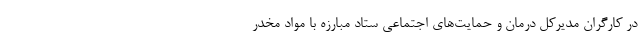
در کارگران مدیرکل درمان و حمایت‌های اجتماعی ستاد مبارزه با مواد مخدر